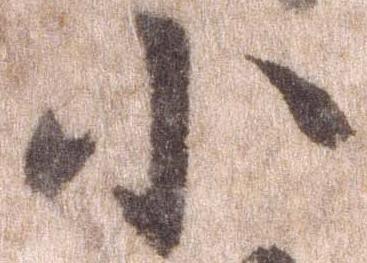
小